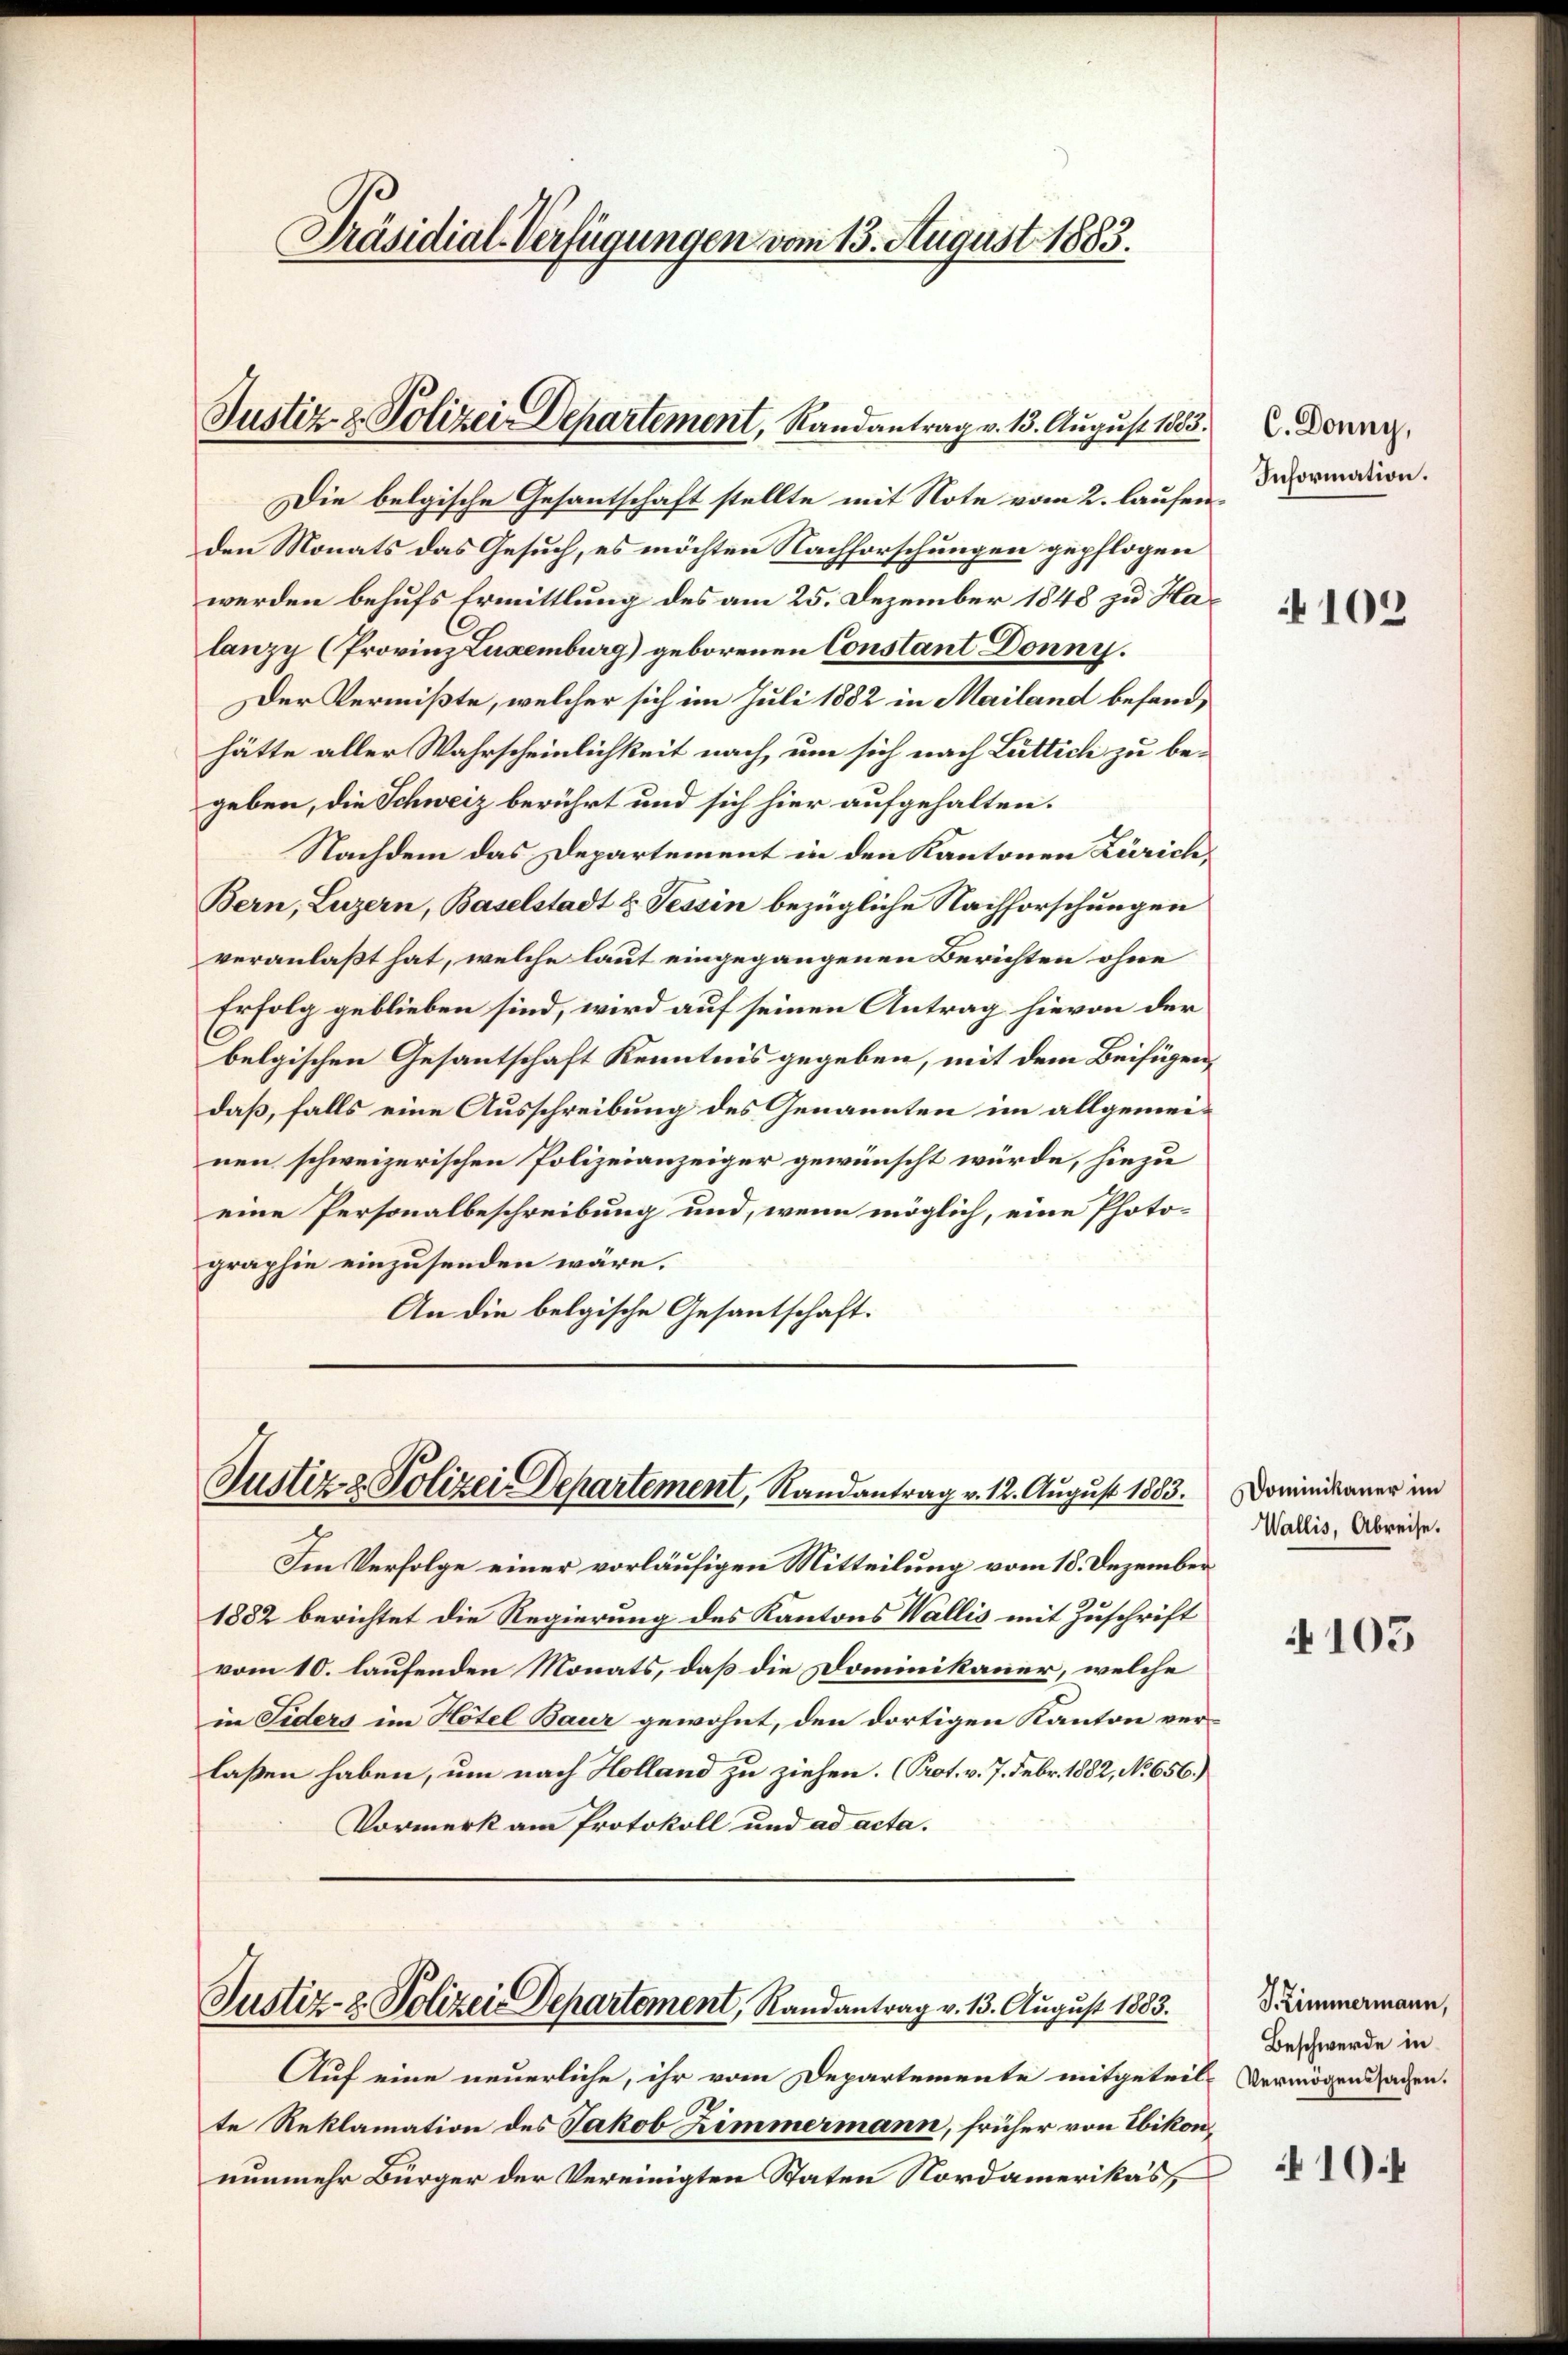
Präsidial-Verfügungen vom 13. August 1883.

Die belgische Gesantschaft stellte mit Note vom 2. laufenden Monats das Gesuch, es möchten Nachforschungen gepflogen
werden behufs Ermittlung des am 25. Dezember 1848 zu Halanzy (Provinz Luxenburg) geborenen Constant Donny.
Der Vermißte, welcher sich im Juli 1882 in Mailand befandhätte aller Wahrscheinlichkeit nach um sich nach Luttich zu begeben, die Schweiz berührt und sich hier aufgehalten.
Nachdem das Departement in den Kantonen Zürich,
Bern, Luzern, Baselstadt u. Tessin bezügliche Nachforschungen
veranlaßt hat, welche laut eingegangenen Berichten ohne
Erfolg geblieben sind, wird auf seinen Antrag hievon der
1
belgischen Gesantschaft Kenntnis gegeben, mit dem Beifügen,
daß, falls eine Ausschreibung des Genannten im allgemeinen schweizerischen Polizeianzeiger gewünscht würde, hiezu
eine Personalbeschreibung und, wenn möglich, eine Photo-
graphie einzusenden wäre.
An die belgische Gesantschaft.

Justiz- & Polizei Departement, Randantrag v. 13. August 1885. V. Derny,

Justiz- & Polizei Departement, Randantrag v. 12. August 1883.

Im Verfolge einer vorläufigen Mitteilung vom 18. Dezember
1882 berichtet die Regierung des Kantons Wallis mit Zuschrift
vom 10. laufenden Monats, daß die Dominikaner, welche
in Fiders im Hotel Baur gewohnt, den dortigen Kanton ver-
laßen haben, um nach Holland zu ziehen. (Prot. v. 7. Febr. 1882, No 656.)
Vormerk am Protokoll und ad acta.
Justiz- & Polizei-Departement, Randantrag v. 13. August 1883.
Auf eine neuerliche, ihr vom Departemente mitgeteil-Vermögenssachen.
te Reklamation des Jakob Zimmermann, früher von Ebikon,
nunmehr Bürger der Vereinigten Staten Nordamerikas,

Information.

102

Dominikaner im
Wallis, Abreise.

105

SZimmermann,
Beschwerde in

10.4